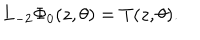
L _ { - 2 } \Phi _ { 0 } ( z , \theta ) = T ( z , \theta ) .